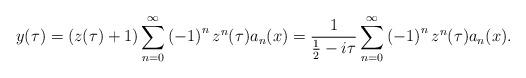
LaTeX: \begin{align*}y(\tau)=\left( z(\tau)+1\right) \sum_{n=0}^{\infty}\left( -1\right)^{n}z^{n}(\tau)a_{n}(x)=\frac{1}{\frac{1}{2}-i\tau}\sum_{n=0}^{\infty}\left(-1\right) ^{n}z^{n}(\tau)a_{n}(x). \end{align*}